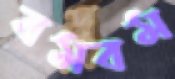
বমবম